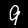
Label: 9